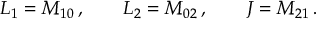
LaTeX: L _ { 1 } = M _ { 1 0 } \, , \qquad L _ { 2 } = M _ { 0 2 } \, , \qquad J = M _ { 2 1 } \, .